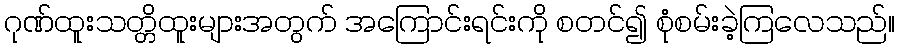
ဂုဏ်ထူးသတ္တိထူးများအတွက် အကြောင်းရင်းကို စတင်၍ စုံစမ်းခဲ့ကြလေသည်။